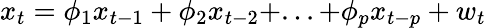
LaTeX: x_{t}=\phi_{1}x_{t-1}+\phi_{2}x_{t-2}+...+\phi_{p}x_{t-p}+w_{t}